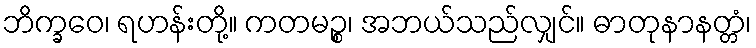
ဘိက္ခဝေ၊ ရဟန်းတို့။ ကတမဉ္စ၊ အဘယ်သည်လျှင်။ ဓာတုနာနတ္တံ၊